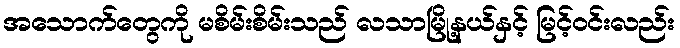
အသောက်တွေကို မစိမ်းစိမ်းသည် လသာမြို့နယ်နှင့် မြင့်ဝင်းလည်း